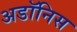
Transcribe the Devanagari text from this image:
अडॉनिस